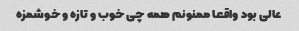
عالی بود واقعا ممنونم همه چی خوب و تازه و خوشمزه